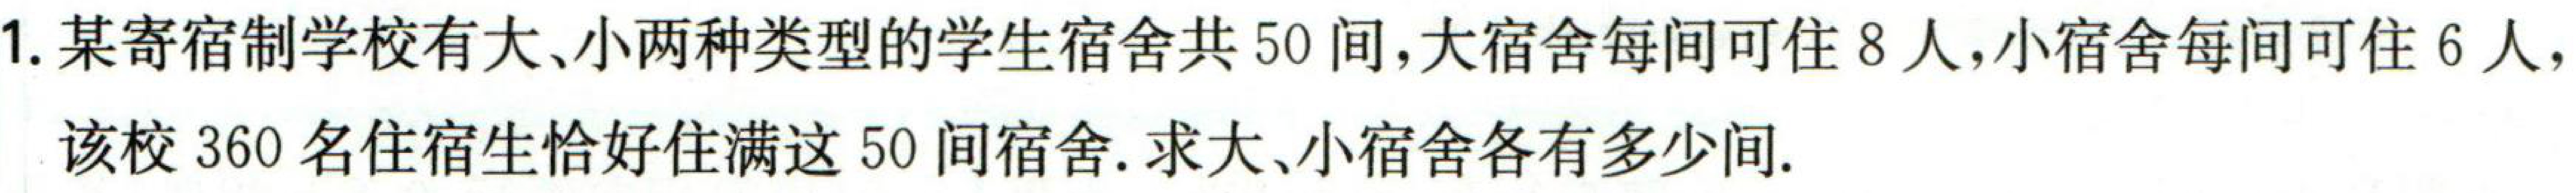
1. 某寄宿制学校有大、小两种类型的学生宿舍共\(50\)间，大宿舍每间可住\(8\)人，小宿舍每间可住\(6\)人，该校\(360\)名住宿生恰好住满这\(50\)间宿舍. 求大、小宿舍各有多少间.